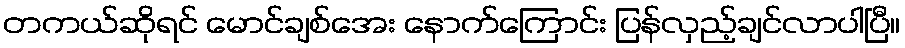
တကယ်ဆိုရင် မောင်ချစ်အေး နောက်ကြောင်း ပြန်လှည့်ချင်လာပါပြီ။